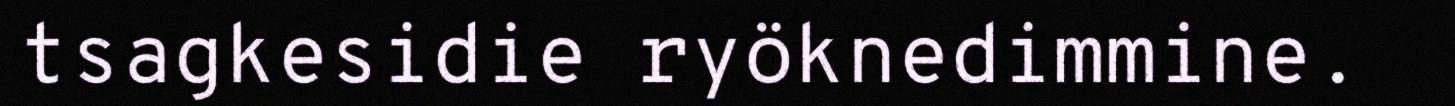
tsagkesidie ryöknedimmine.